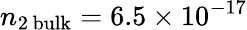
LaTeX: n_{2\, \mathrm{bulk}}=6.5\times 10^{-17}